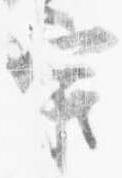
官